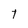
Character: t